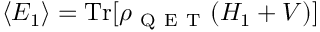
\langle E _ { 1 } \rangle = \mathrm { T r } [ \rho _ { \mathrm { ~ Q ~ E ~ T ~ } } ( H _ { 1 } + V ) ]